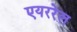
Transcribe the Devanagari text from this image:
एयररेल